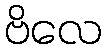
ဗိလေ